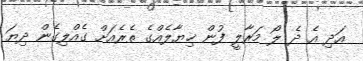
އަދި އެ ދެ ލޯ މަރާލީ ފުން ޚިޔާލެއްގެ ތެރެއަށް ގެއްލިގެން ދިޔަ